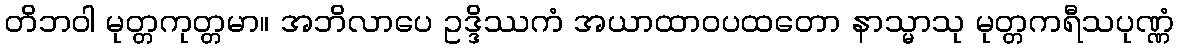
တိဘဝါ မုတ္တကုတ္တမာ။ အဘိလာပေ ဥဒ္ဒိဿကံ အယာထာဝပထတော နာသ္မာသု မုတ္တကရီသပုဏ္ဏံ